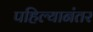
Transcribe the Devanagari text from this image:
पहिल्यानंतर